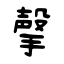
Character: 撀